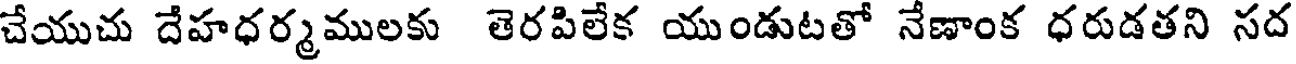
చేయుచు దేహధర్మములకు తెరపిలేక యుండుటతో నేణాంక ధరుడతని సద